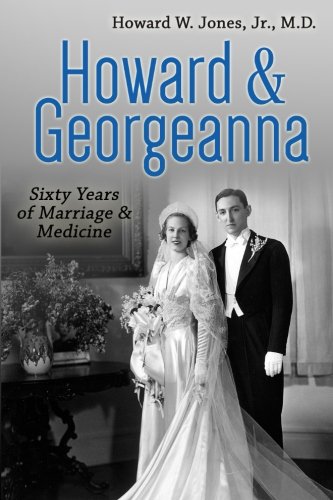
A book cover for Howard & Georgeanna: Sixty Years of Marriage & Medicine; Dr Howard W Jones Jr; Biographies & Memoirs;